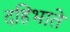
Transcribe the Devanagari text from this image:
दहिभाते